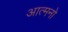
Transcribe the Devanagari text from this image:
आत्मनो